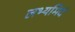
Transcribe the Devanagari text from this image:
लभ्यमिदं